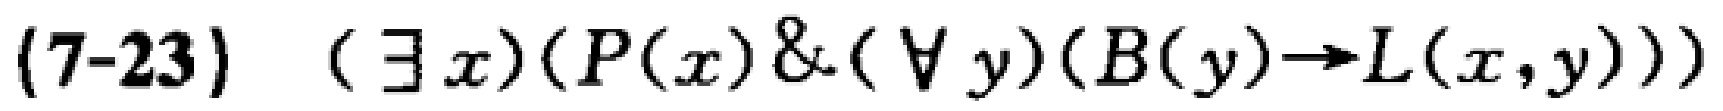
(7-23) \((\exists x)(P(x)\&(\forall y)(B(y)\to L(x,y)))\)